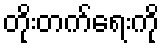
တိုးတက်ရေးကို